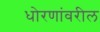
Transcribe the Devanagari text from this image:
धोरणांवरील